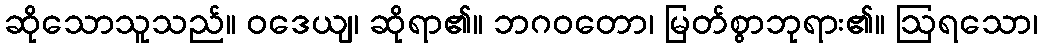
ဆိုသောသူသည်။ ဝဒေယျ၊ ဆိုရာ၏။ ဘဂဝတော၊ မြတ်စွာဘုရား၏။ ဩရသော၊